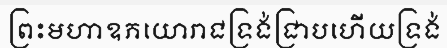
ព្រះមហាឧភយោរាជទ្រង់ជ្រាបហើយទ្រង់